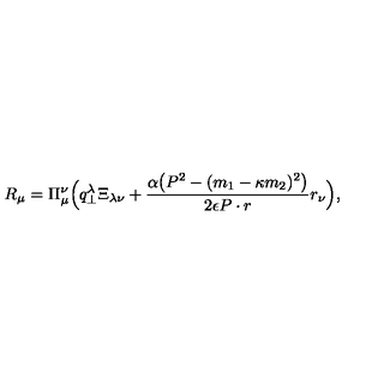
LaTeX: R _ { \mu } = \Pi _ { \mu } ^ { \nu } \Bigl ( q _ { \bot } ^ { \lambda } \Xi _ { \lambda \nu } + \frac { \alpha \bigl ( P ^ { 2 } - ( m _ { 1 } - \kappa m _ { 2 } ) ^ { 2 } \bigr ) } { 2 \epsilon P \cdot r } r _ { \nu } \Bigr ) ,